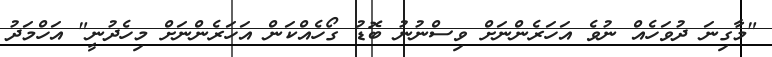
"މާގިނަ ދުވަހެއް ނުވެ އަހަރެންނަށް ވިސްނުނު ބޮޑު ގޯހެއްކަން އަހަރެންނަށް މިހެދުނީ" އަހްމަދު